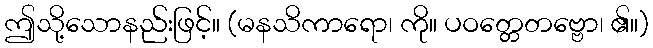
ဤသို့သောနည်းဖြင့်။ (မနသိကာရော၊ ကို။ ပဝတ္တေတဗ္ဗော၊ ၏။)